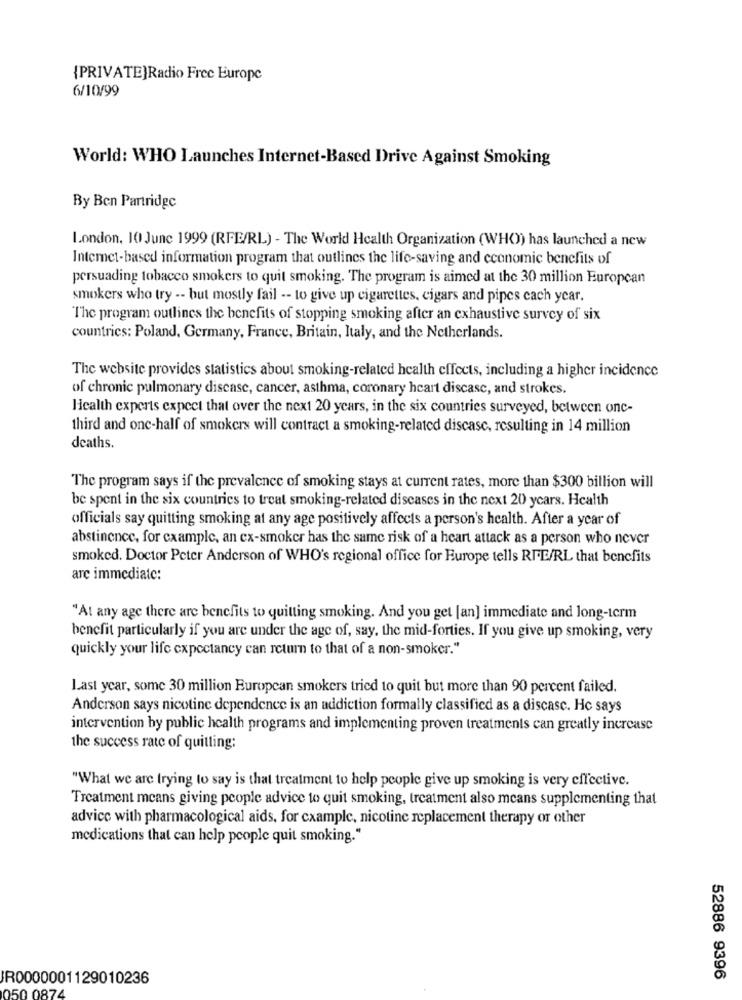
{PRIVATE]Radio Free Europe
6/10/99
World: WHO Launches Internet-Based Drive Against Smoking
By Ben Partridge
London, 10 June 1999 (RFE/RL) - The World Health Organization (WHO) has launched a new
Internet-based information program that outlines the life-saving and economic benefits of
persuading tobacco smokers to quit smoking. The program is aimed at the 30 million European
smokers who try -- but mostly fail -- to give up cigarettes, cigars and pipes cach year.
The program outlines the benefits of stopping smoking after an exhaustive survey of six
countries: Poland, Germany, France, Britain, Italy, and the Netherlands.
The website provides statistics about smoking-related health effects, including a higher incidence
of chronic pulmonary disease, cancer, asthma, coronary heart discase, and strokes.
Health experts expect that over the next 20 years, in the six countries surveyed, between onc-
third and one-half of smokers will contract a smoking-related disease, resulting in 14 million
deaths.
The program says if the prevalence of smoking stays at current rates, more than $300 billion will
be spent in the six countries to treat smoking-related diseases in the next 20 years. Health
officials say quitting smoking at any age positively affects a person's health. After a year of
abstinence, for example, an ex-smoker has the same risk of a heart attack as a person who never
smoked. Doctor Peter Anderson of WHO's regional office for Europe tells RFE/RL that benefits
arc immediate:
"At any age there are benefits to quitting smoking. And you get [an] immediate and long-term
benefit particularly if you are under the age of, say, the mid-forties. If you give up smoking, very
quickly your life expectancy can return to that of a non-smoker."
Last year, some 30 million Buropcan smokers tried to quit but more than 90 percent failed.
Anderson says nicotine dependence is an addiction formally classified as a discasc. He says
intervention by public health programs and implementing proven treatments can greatly increase
the success rate of quitting;
"What we are trying to say is that treatment to help people give up smoking is very effective.
Treatment means giving people advice to quit smoking, treatment also means supplementing that
advice with pharmacological aids, for example, nicotine replacement therapy or other
medications that can help people quit smoking."
R0000001129010236
52886 9396
50 0874